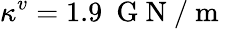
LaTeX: \kappa^{v}=1.9~\mathrm{~G~N~/~m~}